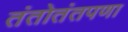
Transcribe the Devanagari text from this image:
तंतोतंतपणा